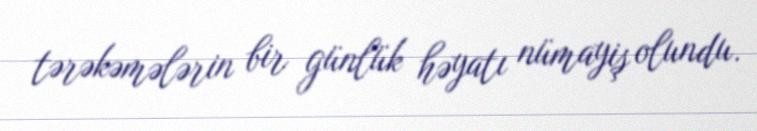
tərəkəmələrin bir günlük həyatı nümayiş olundu.